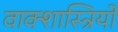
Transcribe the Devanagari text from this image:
वाक्शास्त्रियों